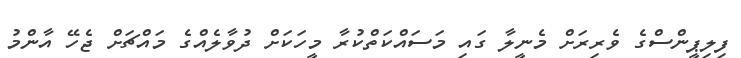
ފިލިޕީންސްގެ ވެރިރަށް މެނީލާ ގައި މަސައްކަތްކުރާ މީހަކަށް ދުވާލެއްގެ މައްޗަށް ޖެހޭ އާންމު